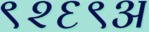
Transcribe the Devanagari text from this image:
९२६९अ